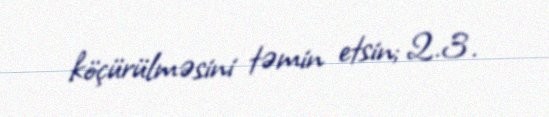
köçürülməsini təmin etsin; 2.3.